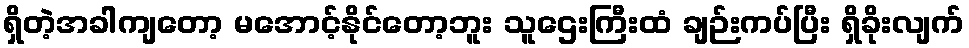
ရှိတဲ့အခါကျတော့ မအောင့်နိုင်တော့ဘူး သူဌေးကြီးထံ ချဉ်းကပ်ပြီး ရှိခိုးလျက်